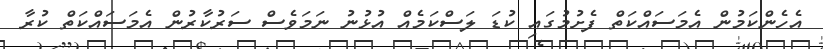
އެހެންކަމުން އެމަސައްކަތް ފެށުމުގައި ކުޑަ ލަސްކަމެއް އުޅުނު ނަމަވެސް ސަރުކާރުން އެމަސައްކަތް ކުރާ